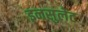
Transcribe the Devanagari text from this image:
इनसुलेट